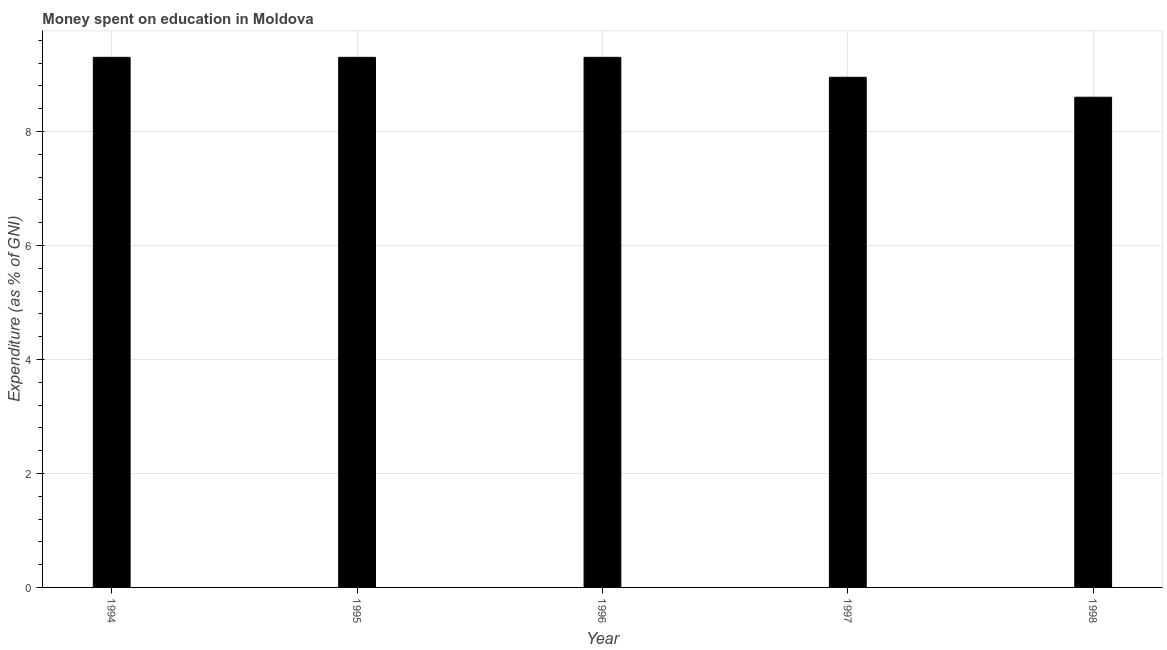
| Year | Education expenditure |
 | --- | --- |
 | 1994 | 9.3 |
 | 1995 | 9.3 |
 | 1996 | 9.3 |
 | 1997 | 8.95 |
 | 1998 | 8.6 |